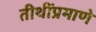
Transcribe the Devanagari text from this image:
तीथींप्रमाणे